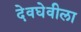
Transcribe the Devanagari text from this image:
देवघेवीला